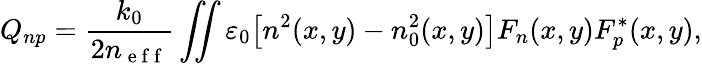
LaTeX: Q_{np}=\frac{k_{0}}{2n_{\mathrm{~e~f~f~}}}\iint\varepsilon_{0}\big[n^{2}(x,y)-n_{0}^{2}(x,y)\big]F_{n}(x,y)F_{p}^{*}(x,y),